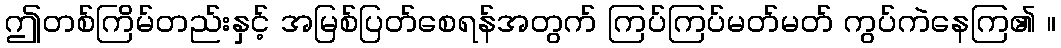
ဤတစ်ကြိမ်တည်းနှင့် အမြစ်ပြတ်စေရန်အတွက် ကြပ်ကြပ်မတ်မတ် ကွပ်ကဲနေကြ၏ ။